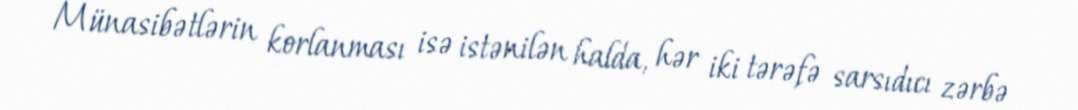
Münasibətlərin korlanması isə istənilən halda, hər iki tərəfə sarsıdıcı zərbə